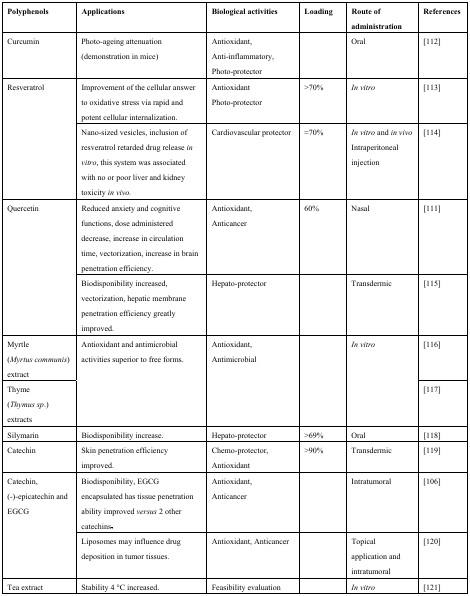
| Polyphenols | Applications | Biological activities | Loading | Route of administration | References |
 | --- | --- | --- | --- | --- | --- |
 | Curcumin | Photo-ageing attenuation (demonstration in mice) | Antioxidant, Anti-inflammatory Photo-protector |  | Oral | [112] |
 | <ROWSPAN=2> Resveratrol | Improvement of the cellular answer to oxidative stress via rapid and potent cellular internalization. | Antioxidant Photo-protector | >70% | In vitro | [113] |
 | Nano-sized vesicles, inclusion of resveratrol retarded drug release in vitro, this system was associated with no or poor liver and kidney toxicity in vivo. | Cardiovascular protector | ≈70% | In vitro and in vivo Intraperitoneal injection | [114] |
 | <ROWSPAN=2> Quercetin | Reduced anxiety and cognitive functions, dose administered decrease, increase in circulation time, vectorization, increase in brain penetration efficiency. | Antioxidant, Anticancer | 60% | Nasal | [111] |
 | Biodisponibility increased, vectorization, hepatic membrane penetration efficiency greatly improved. | Hepato-protector |  | Transdermic | [115] |
 | Myrtle (Myrtus communis) extract | <ROWSPAN=2> Antioxidant and antimicrobial activities superior to free forms. | <ROWSPAN=2> Antioxidant, Antimicrobial | <ROWSPAN=2>  | <ROWSPAN=2> In vitro | [116] |
 | Thyme (Thymus sp.) extracts | [117] |
 | Silymarin | Biodisponibility increase. | Hepato-protector | >69% | Oral | [118] |
 | Catechin | Skin penetration efficiency improved. | Chemo-protector, Antioxidant | >90% | Transdermic | [119] |
 | <ROWSPAN=2> Catechin, (-)-epicatechin and EGCG | Biodisponibility, EGCG encapsulated has tissue penetration ability improved versus 2 other catechins. | Antioxidant, Anticancer |  | Intratumoral | [106] |
 | Liposomes may influence drug deposition in tumor tissues. | Antioxidant, Anticancer |  | Topical application and intratumoral | [120] |
 | Tea extract | Stability 4 °C increased. | Feasibility evaluation |  | In vitro | [121] |